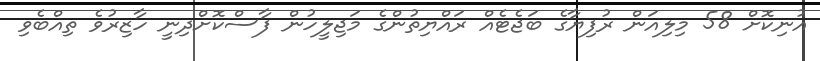
އުނިކޮށް 58 މިލިއަން ރުފިޔާގެ ބަޖެޓެއް ރައްޔިތުންގެ މަޖިލީހުން ފާސްކޮށްދިނީ ހާޒިރުވެ ތިއްބެވި